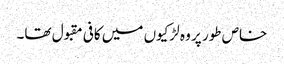
خاص طور پر وہ لڑکیوں میں کافی مقبول تھا۔